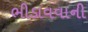
ભીડાવવાની